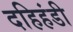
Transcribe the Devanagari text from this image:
दहिहंडी